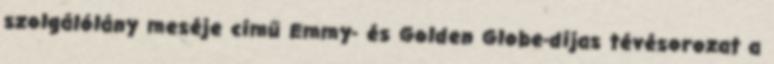
szolgálólány meséje című Emmy- és Golden Globe-díjas tévésorozat a